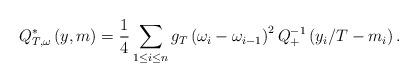
LaTeX: \begin{align*}Q_{T,\omega}^{*}\left(y,m\right)=\frac{1}{4}\sum_{1\leq i\leq n}g_{T}\left(\omega_{i}-\omega_{i-1}\right)^{2}Q_{+}^{-1}\left(y_{i}/T-m_{i}\right).\end{align*}